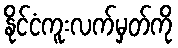
နိုင်ငံကူးလက်မှတ်ကို